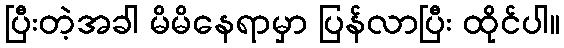
ပြီးတဲ့အခါ မိမိနေရာမှာ ပြန်လာပြီး ထိုင်ပါ။